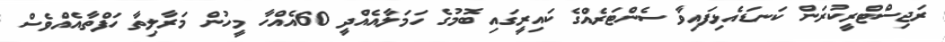
ރަޖިސްޓްރީކުރަން ކަނޑައެޅިފައިވާ ސެންޓަރެއްގެ ކައިރީގައި ބޮމުގެ ހަމަލާއެއްދީ 60އެއްހާ މީހުން މަރާލިތާ ހަފްތާއެއްވެސް